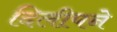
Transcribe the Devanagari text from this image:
दिलीपने